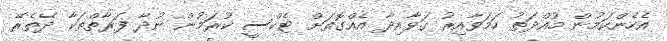
އެހެންކަމުން މުއްދަތު ހަމަވާއިރު ގަވާއިދާ އެއްގޮތަށް ޓެކްސީ ކުރަމުން ނުދާ ފަރާތްތަކާ ދޭތެރޭ